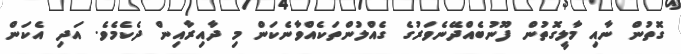
ގޮތުން ނާއި މާލީގޮތުން ފޫނުބެއްދޭނެވަރުގެ ގެއްލުންތަކެއްވާނެކަން މި ދާއިރާއިން ދެކެމެވެ. އަދި އެކަން